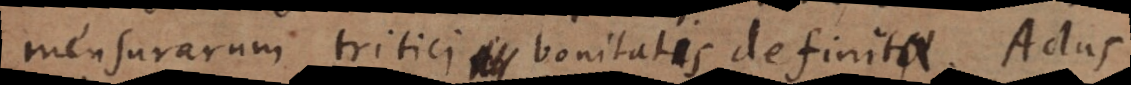
mensurarum tritici bonitatis definitae. Actus